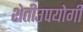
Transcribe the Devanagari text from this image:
शेतीउपयोगी